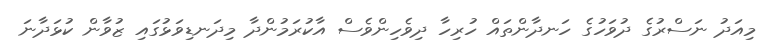
މިއަދު ނަސްރުގެ ދުވަހުގެ ހަނދާންތައް ހުރިހާ ދިވެހިންވެސް އާކުރަމުންދާ މިދަނޑިވަޅުގައި ޒުވާން ކުޅަދާނަ